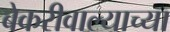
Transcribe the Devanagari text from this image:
बेकरीवाल्याच्या